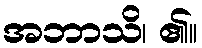
အဘာသိ၊ ၏။